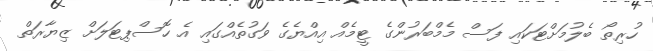
ހުރިތޯ ބެލުމަށްޓަކައި ފަސް މެމްބަރުންގެ ޓީމެއް އިއްޔެގެ ވަގުތެއްގައި އެ ހޮސްޕިޓަލަށް ޒިޔާރަތް